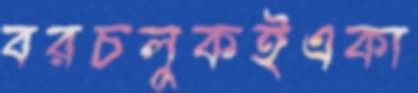
বরচলুকইএকা